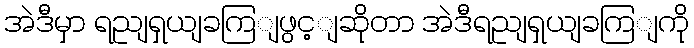
အဲဒီမှာ ရညျရှယျခကြျဖွင့ျဆိုတာ အဲဒီရညျရှယျခကြျကို